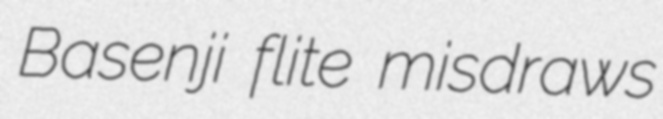
Basenji flite misdraws